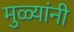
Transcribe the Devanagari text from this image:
मुळ्यांनी